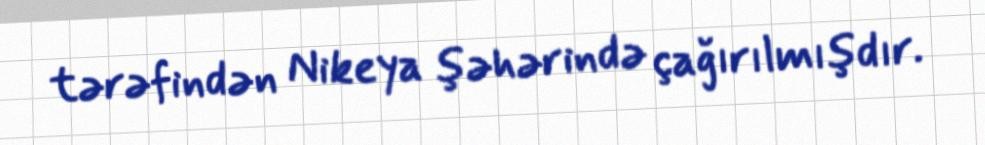
tərəfindən Nikeya şəhərində çağırılmışdır.